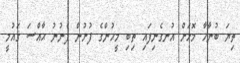
ތިޔަ ބުނާހާ މޮޅަށް އުނގެނިފައި ތިބި މީހުންގެ ފުށުން ފެނުނު ޙާއްސަ ޤައުމީ